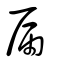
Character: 屚